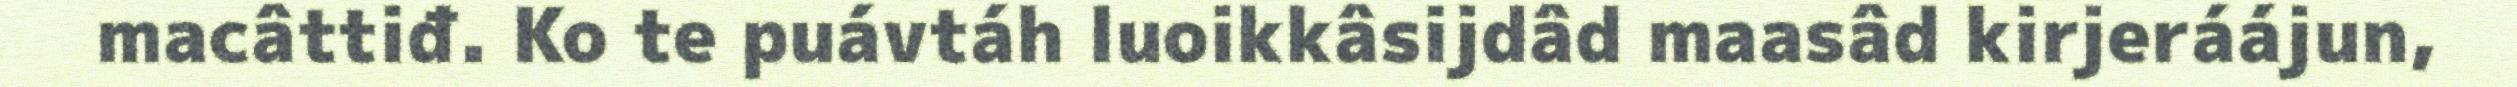
macâttiđ. Ko te puávtáh luoikkâsijdâd maasâd kirjeráájun,